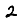
Digit: 2